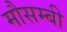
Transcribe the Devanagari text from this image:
मौसम्बी